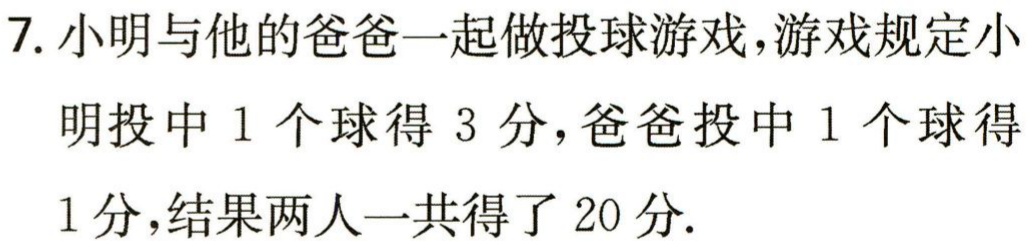
7. 小明与他的爸爸一起做投球游戏，游戏规定小明投中1个球得3分，爸爸投中1个球得1分，结果两人一共得了20分.